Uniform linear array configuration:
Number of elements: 4
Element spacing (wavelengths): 1
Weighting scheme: kaiser
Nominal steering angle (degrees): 0
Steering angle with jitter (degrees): -1.491
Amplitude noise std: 0.05
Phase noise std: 0.05

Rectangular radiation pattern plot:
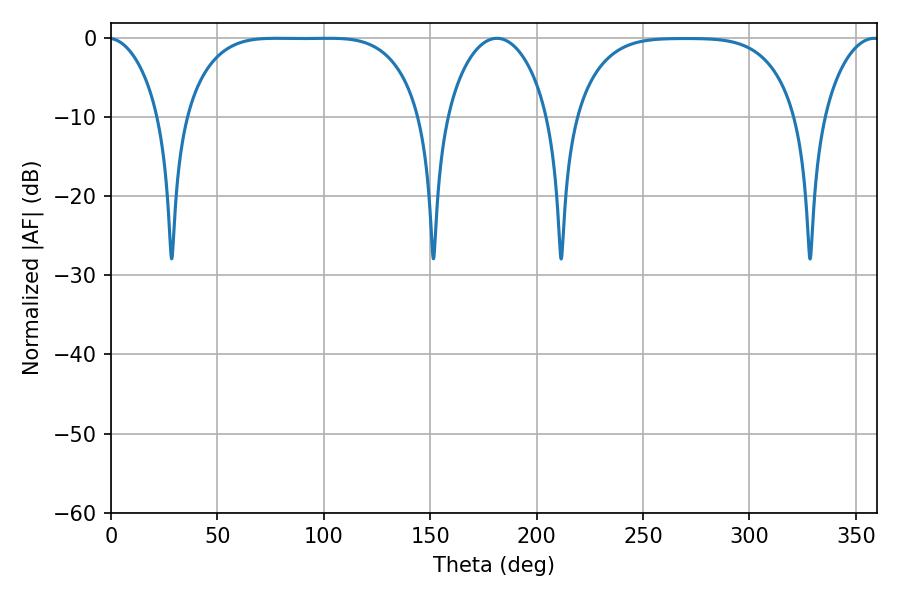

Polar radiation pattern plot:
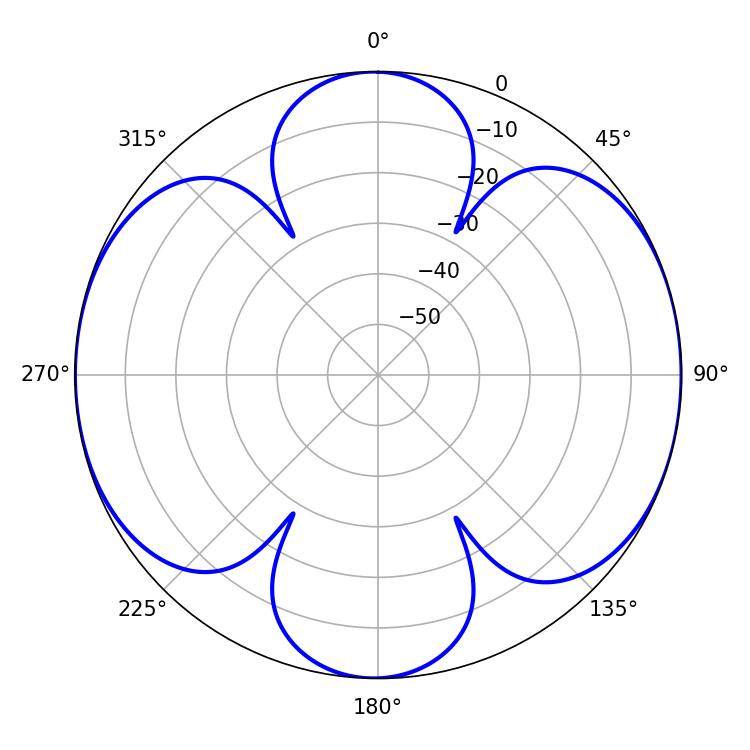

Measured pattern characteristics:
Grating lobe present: TRUE
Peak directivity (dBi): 12.905
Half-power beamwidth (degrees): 84.6
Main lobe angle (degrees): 77.58